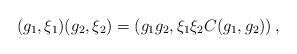
LaTeX: \begin{align*}(g_1,\xi_1)(g_2,\xi_2)=(g_1g_2,\xi_1\xi_2 C(g_1,g_2))\,,\end{align*}